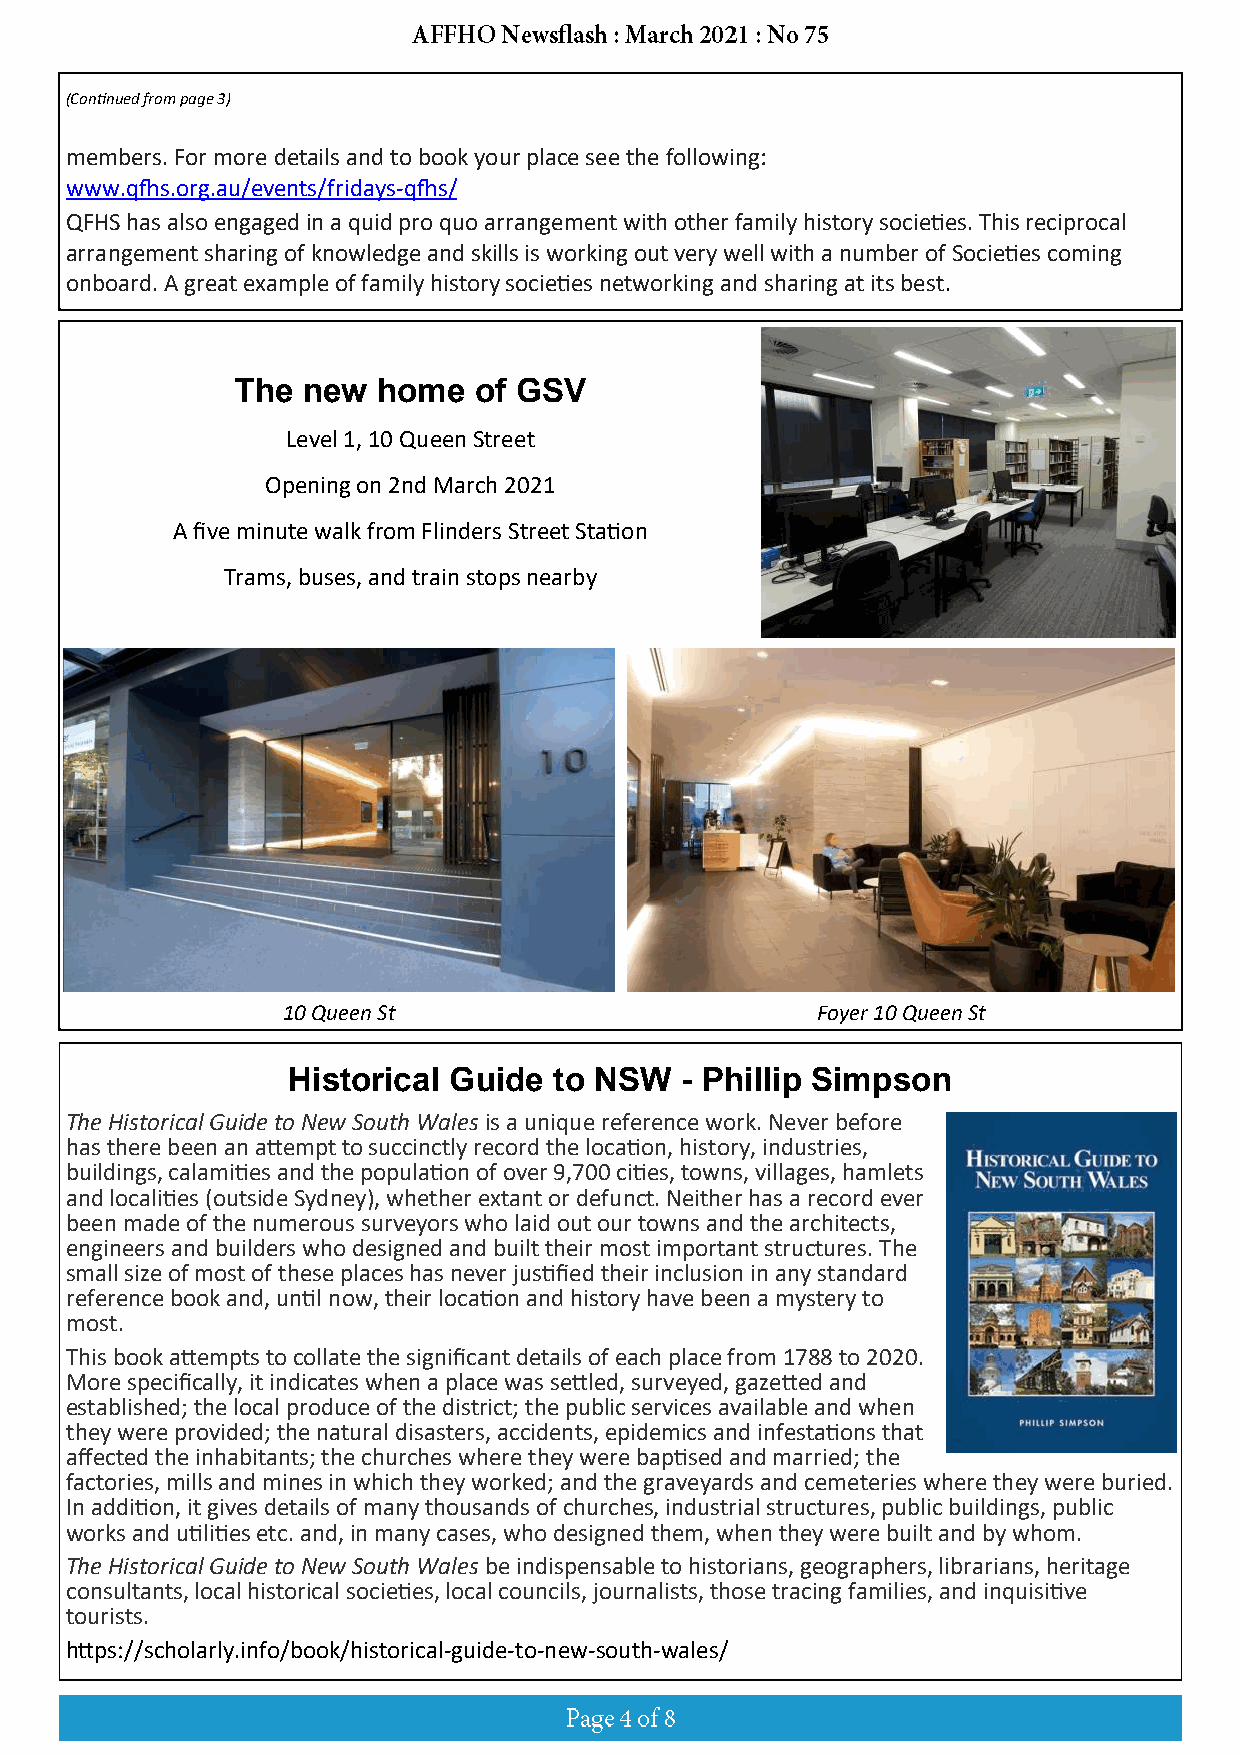
(Continued from page 3)
 members. For more details and to book your place see the following:
 www.qfhs.org.au/events/fridays-qfhs/
 QFHS has also engaged in a quid pro quo arrangement with other family history societies. This reciprocal
 arrangement sharing of knowledge and skills is working out very well with a number of Societies coming
 onboard. A great example of family history societies networking and sharing at its best.
 The new  home  of GSV
 Level 1, 10 Queen Street
 Opening on 2nd March 2021
 A five minute walk from Flinders Street Station
 Trams, buses, and train stops nearby
 10 Queen St                        Foyer 10 Queen St
 Historical Guide  to NSW  - Phillip Simpson
 The Historical Guide to New South Wales is a unique reference work. Never before
 has there been an attempt to succinctly record the location, history, industries,
 buildings, calamities and the population of over 9,700 cities, towns, villages, hamlets
 and localities (outside Sydney), whether extant or defunct. Neither has a record ever
 been made of the numerous surveyors who laid out our towns and the architects,
 engineers and builders who designed and built their most important structures. The
 small size of most of these places has never justified their inclusion in any standard
 reference book and, until now, their location and history have been a mystery to
 most.
 This book attempts to collate the significant details of each place from 1788 to 2020.
 More specifically, it indicates when a place was settled, surveyed, gazetted and
 established; the local produce of the district; the public services available and when
 they were provided; the natural disasters, accidents, epidemics and infestations that
 affected the inhabitants; the churches where they were baptised and married; the
 factories, mills and mines in which they worked; and the graveyards and cemeteries where they were buried.
 In addition, it gives details of many thousands of churches, industrial structures, public buildings, public
 works and utilities etc. and, in many cases, who designed them, when they were built and by whom.
 The Historical Guide to New South Wales be indispensable to historians, geographers, librarians, heritage
 consultants, local historical societies, local councils, journalists, those tracing families, and inquisitive
 tourists.
 https://scholarly.info/book/historical-guide-to-new-south-wales/